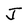
Character: J